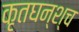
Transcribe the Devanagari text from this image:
कृतघन्श्च